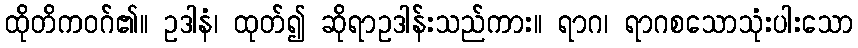
ထိုတိကဝဂ်၏။ ဥဒါနံ၊ ထုတ်၍ ဆိုရာဥဒါန်းသည်ကား။ ရာဂ၊ ရာဂစသောသုံးပါးသော